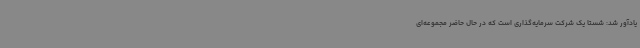
یادآور شد: شستا یک شرکت سرمایه‌گذاری است که در حال حاضر مجموعه‌ای